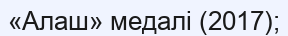
«Алаш» медалі (2017);